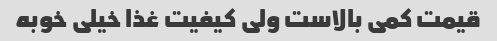
قیمت کمی بالاست ولی کیفیت غذا خیلی خوبه